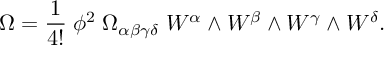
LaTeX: \Omega = \frac { 1 } { 4 ! } \; \phi ^ { 2 } \; \Omega _ { \alpha \beta \gamma \delta } \; W ^ { \alpha } \wedge W ^ { \beta } \wedge W ^ { \gamma } \wedge W ^ { \delta } .